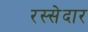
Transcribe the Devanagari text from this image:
रस्सेदार